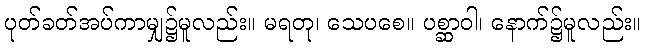
ပုတ်ခတ်အပ်ကာမျှ၌မူလည်း။ မရတု၊ သေပစေ။ ပစ္ဆာဝါ၊ နောက်၌မူလည်း။